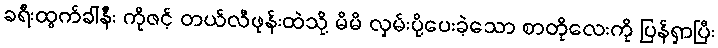
ခရီးထွက်ခါနီး ကိုဇင့် တယ်လီဖုန်းထဲသို့ မိမိ လှမ်းပို့ပေးခဲ့သော စာတိုလေးကို ပြန်ရှာပြီး